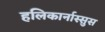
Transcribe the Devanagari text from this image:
हलिकार्नास्सुस